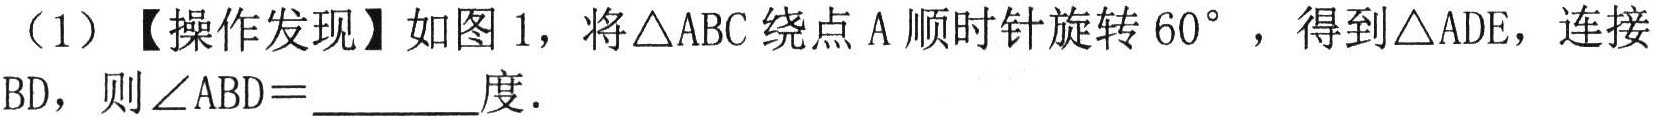
（1）【操作发现】如图1，将\(\triangle ABC\)绕点\(A\)顺时针旋转\(60^{\circ}\)，得到\(\triangle ADE\)，连接\(BD\)，则\(\angle ABD =\underline{\quad\quad}\)度.